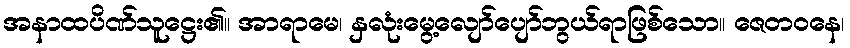
အနာထပိဏ်သူဋ္ဌေး၏။ အာရာမေ၊ နှလုံးမွေ့လျော်ပျော်ဘွယ်ရာဖြစ်သော။ ဇေတဝနေ၊